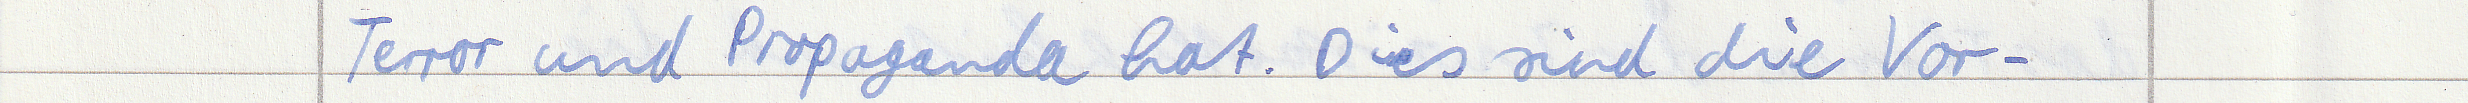
Terror und Propaganda hat. Dies sind die Vor -